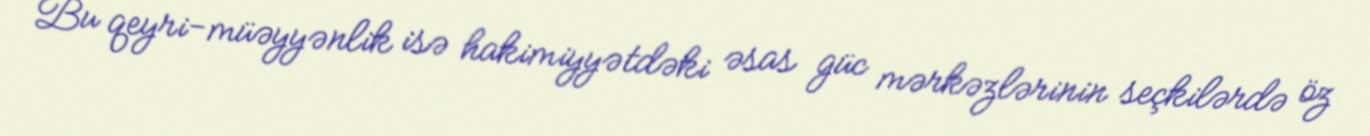
Bu qeyri-müəyyənlik isə hakimiyyətdəki əsas güc mərkəzlərinin seçkilərdə öz